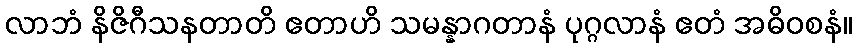
လာဘံ နိဇိဂီသနတာတိ ဧတာဟိ သမန္နာဂတာနံ ပုဂ္ဂလာနံ ဧတံ အဓိဝစနံ။